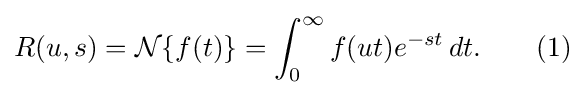
R(u,s)={\mathcal {N}}\{f(t)\}=\int _{0}^{\infty }f(ut)e^{-st}\,dt.\qquad (1)